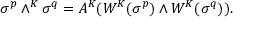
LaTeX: \sigma ^ { p } \wedge ^ { K } \sigma ^ { q } = A ^ { K } ( W ^ { K } ( \sigma ^ { p } ) \wedge W ^ { K } ( \sigma ^ { q } ) ) .